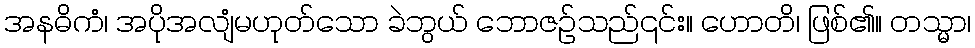
အနဓိကံ၊ အပိုအလျံမဟုတ်သော ခဲဘွယ် ဘောဇဉ်သည်၎င်း။ ဟောတိ၊ ဖြစ်၏။ တသ္မာ၊